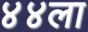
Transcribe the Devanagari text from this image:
४४ला